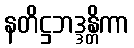
နတိဋ္ဌဘဒ္ဒန္တိကာ